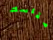
مقاسك